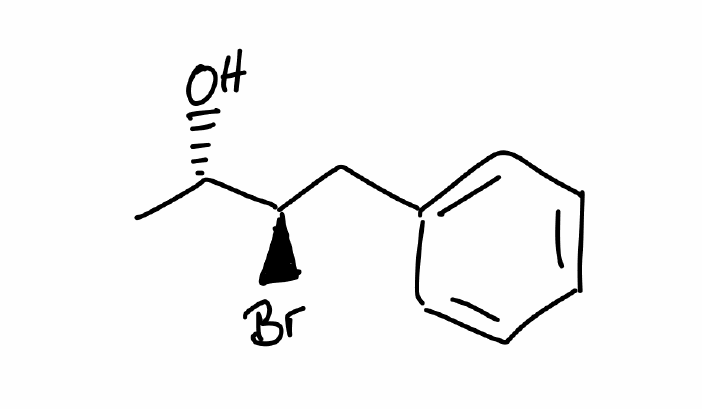
Simplified molecular-input line-entry system (SMILES) notation of the given molecule:
C[C@@H]([C@@H](CC1=CC=CC=C1)Br)O